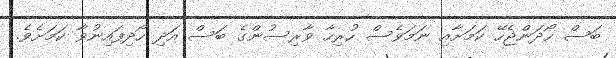
ބަސް ހޯދަންޖެހޭ ކަމަށާއި ނަމަވެސް ހުރިހާ ވާރިސުންގެ ބަސް އަދި ހޯދިފައިނުވާ ކަމަށެވެ.